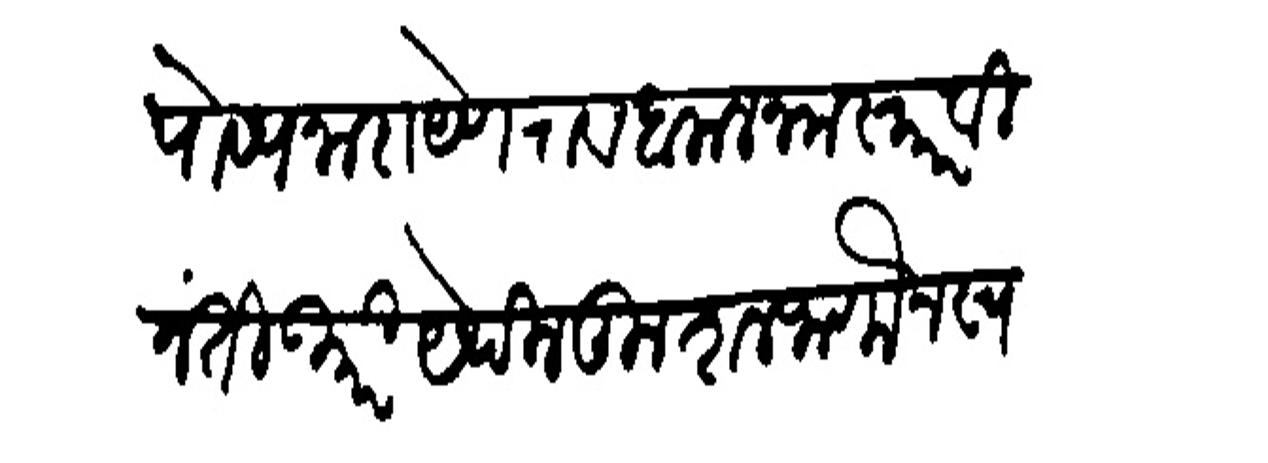
Transliteration (Devanagari): पौष्य नारायेणराव बलाल नमस्कार विनंती उपरि येथील कुशल जाणोन स्वये